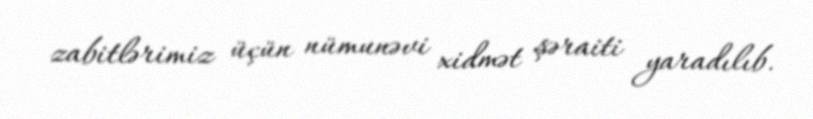
zabitlərimiz üçün nümunəvi xidmət şəraiti yaradılıb.